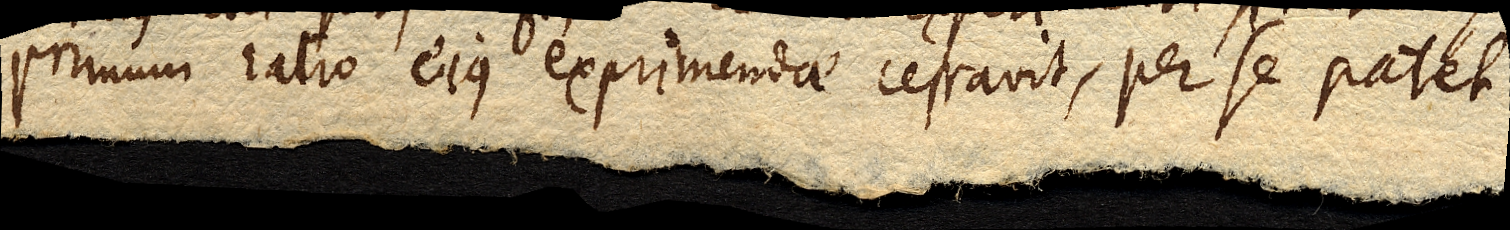
primum ratio ejus experimendae cessavit, per se patet